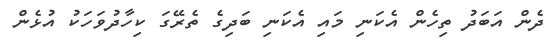
ދެން އަބަދު ތިހެން އެކަނި މައި އެކަނި ބަދިގެ ތެރޭގަ ކިހާދުވަހަކު އުޅެން